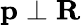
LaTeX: \textbf{p}\perp\textbf{R}